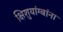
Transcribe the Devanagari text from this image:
क्षिशुयांग्बांना